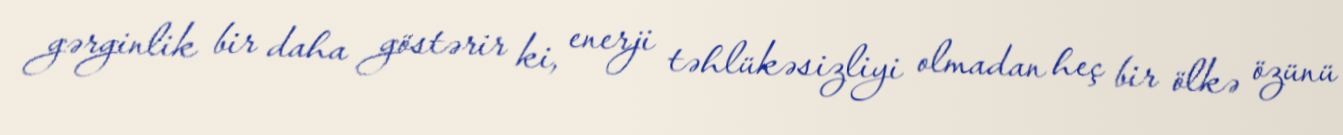
gərginlik bir daha göstərir ki, enerji təhlükəsizliyi olmadan heç bir ölkə özünü